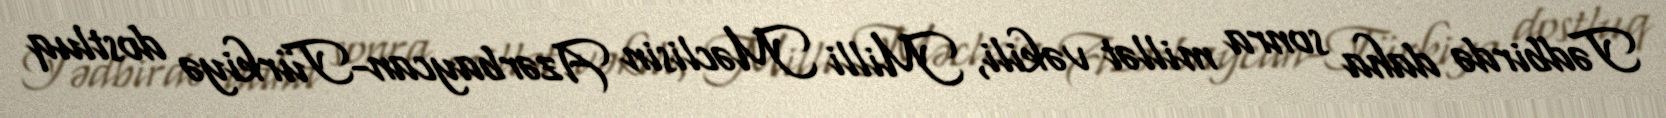
Tədbirdə daha sonra millət vəkili, Milli Məclisin Azərbaycan-Türkiyə dostluq